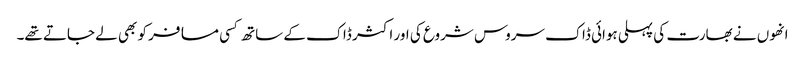
انھوں نے بھارت کی پہلی ہوائی ڈاک سروس شروع کی اور اکثر ڈاک کے ساتھ کسی مسافر کو بھی لے جاتے تھے۔